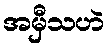
အမှီသဟဲ